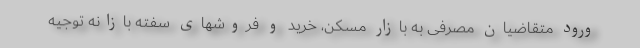
ورود متقاضیان مصرفی به بازار مسکن، خرید و فروشهای سفته بازانه توجیه